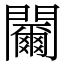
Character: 䦵